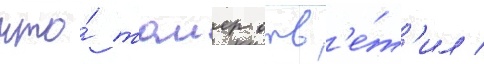
что́ таиер отв'е́т'ил /